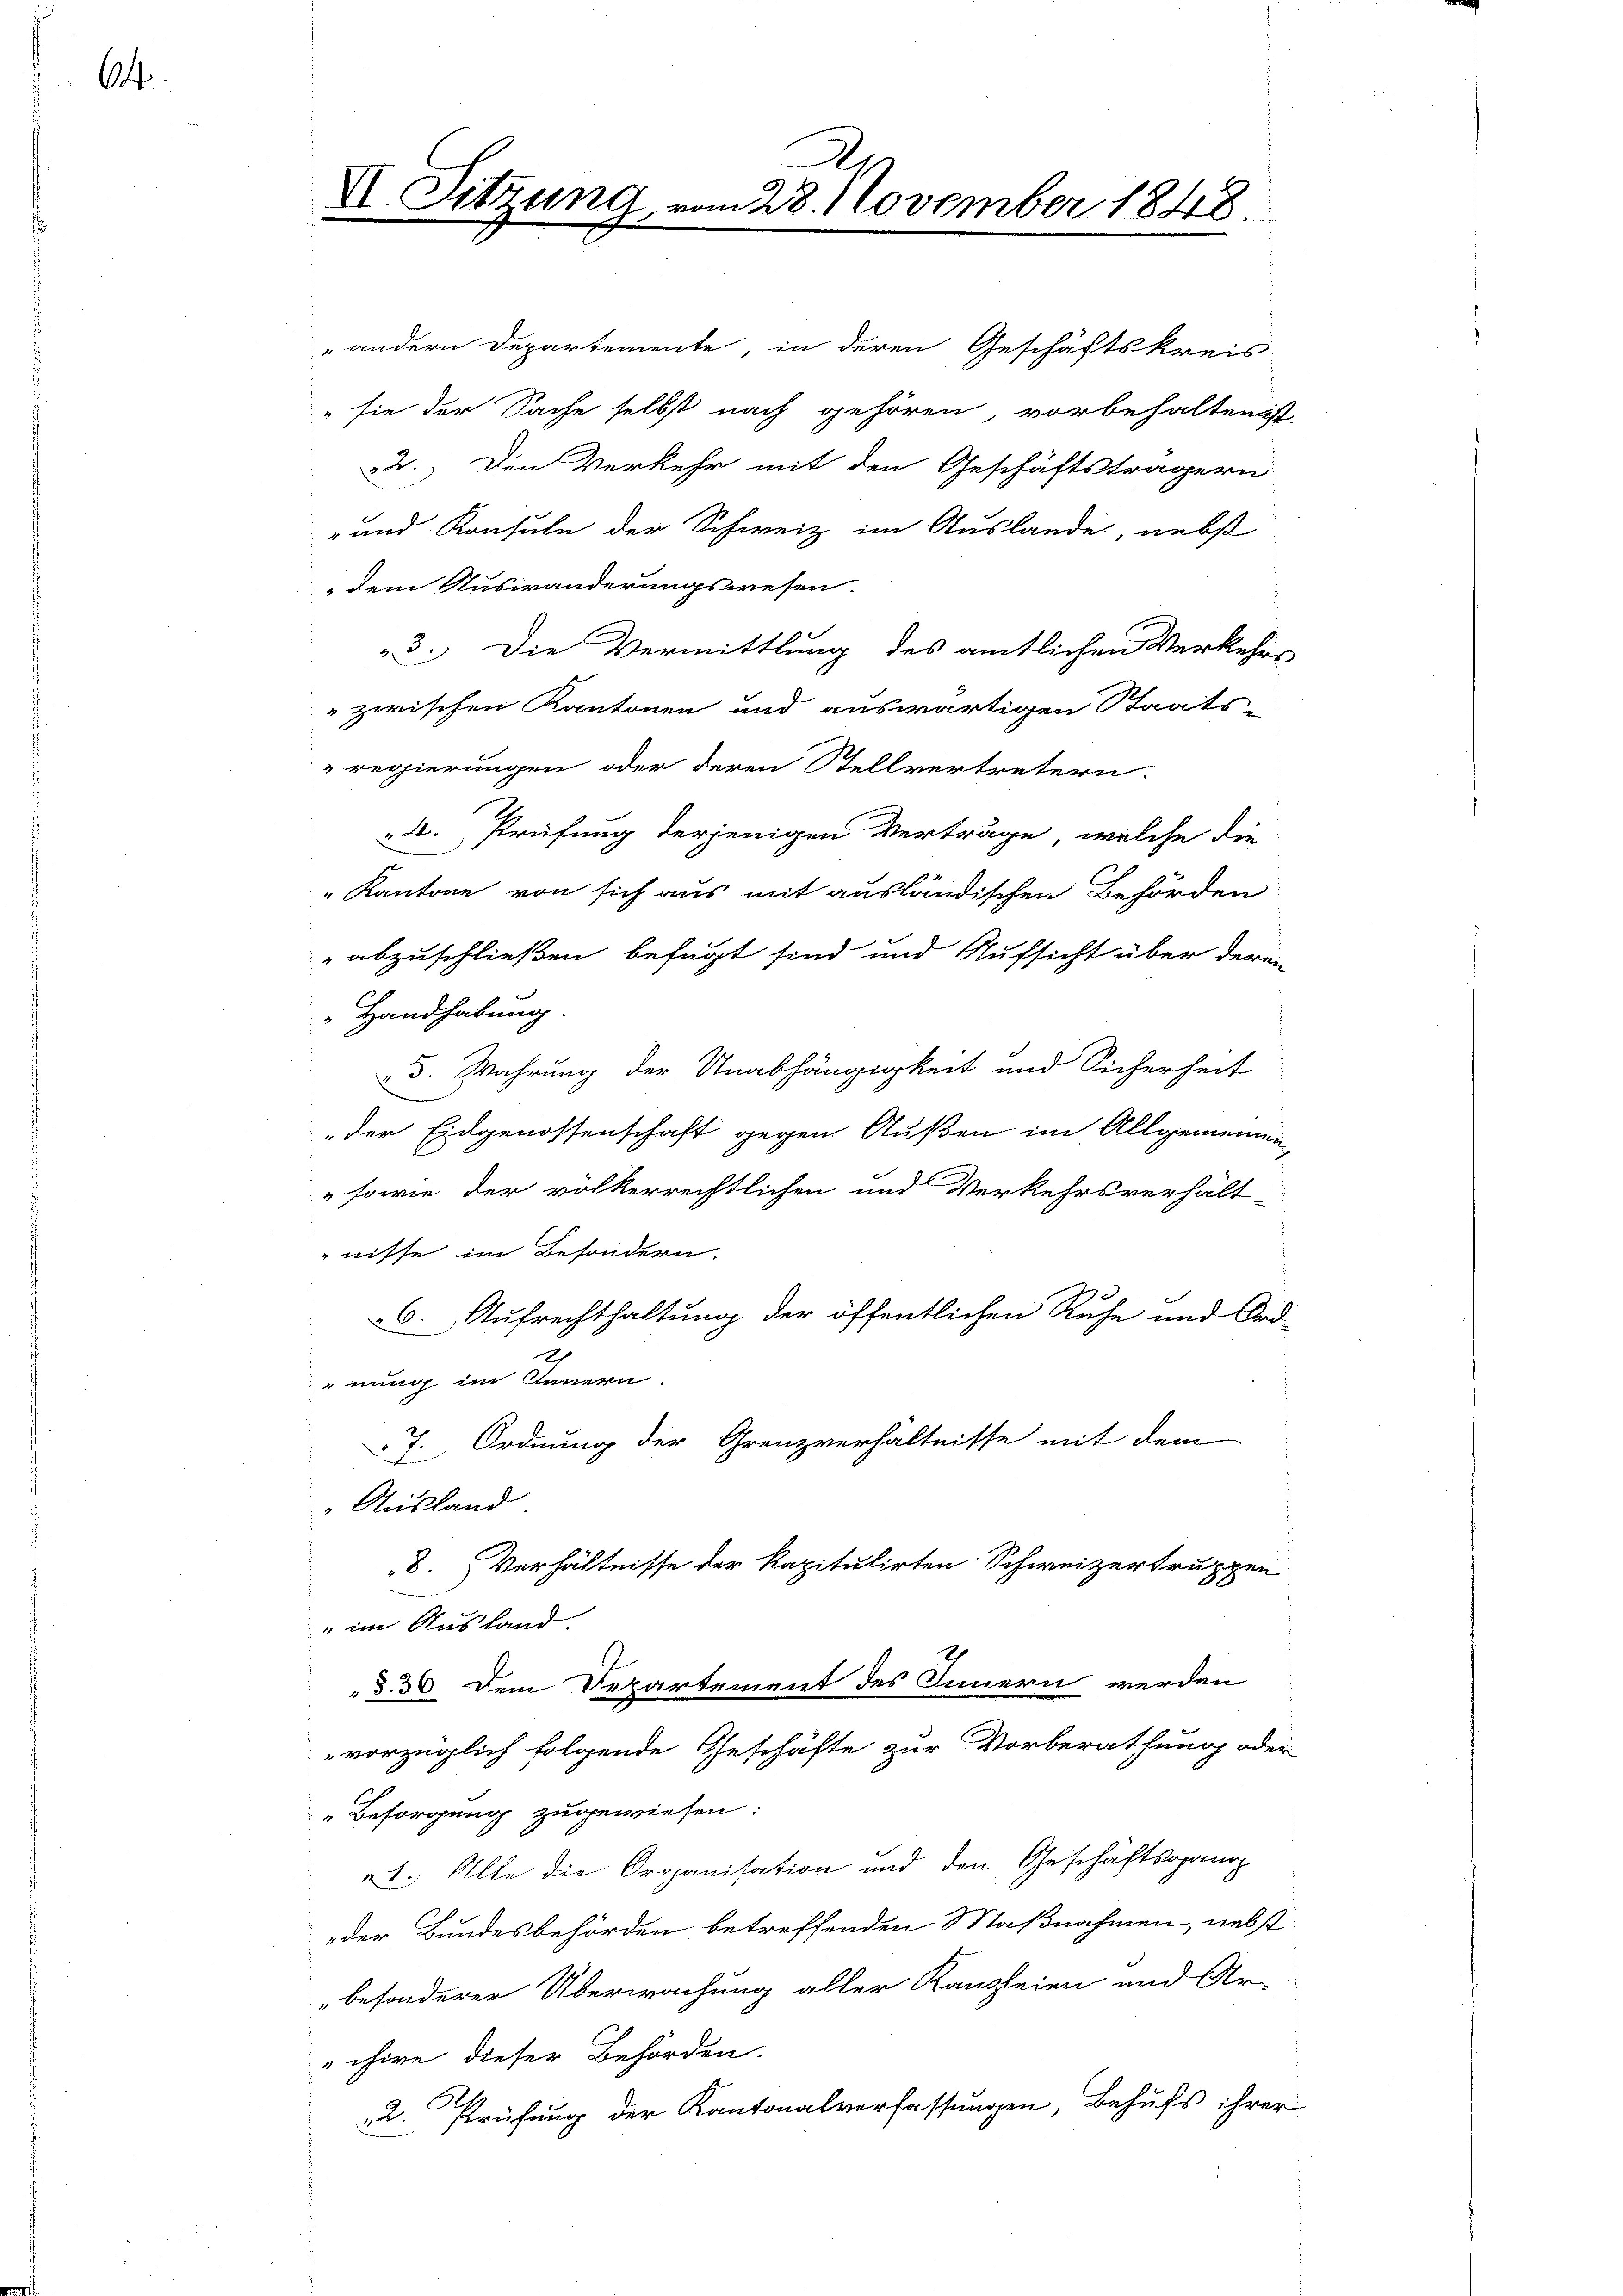
64.

„andern Departemente, in deren Geschäftskreis-
 sie der Sache selbst nach gehören vorbehalten ist.
2.) Den Verkehr mit den Geschäftsträgern
- und Konsule der Schweiz im Auslande, nebst
dem Auswanderungswesen.
3.) Die Vermittlung des amtlichen Verkehrs
zwischen Kantonen und auswärtigen Staats-
regierungen oder deren Stellvertretern.
4. Prüfung derjenigen Verträge, welche die
" Kantone von sich aus mit ausländischen Behörden
abzuschließen befugt sind und Aufsicht über deren
 Handhabung
3. Wahrung der Unabhängigkeit und Sicherheit
„der Eidgenossenschaft gegen Außen im Allgemeinden-
sowie der völkerrechtlichen und Verkehrsverhält-
nisse im Besondern.
6. Aufrechthaltung der öffentlichen Ruhe und Ord-
nung im Steuern.
7. Ordnung der Grenzverhältnisse mit dem
Ausland
8. Verhältnisse der Kapitulirten Schweizertruppen
" im Ausland.
§. 36. Dem Departement des Innern werden
vorzüglich folgende Geschäfte zur Vorberathung oder
Besorgung zugewiesen:
1. Alle die Organisation und den Geschäftsgang
der Bundesbehörden betreffenden Maßnahmen, nebst
besonderer Überwachung aller Kanzleien und Ar-
chire dieser Behörden.
2. Prüfung der Kantonalverfassungen, Behufs ihrer

De
VI. Sitzung vom 28. November 1848.